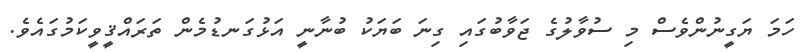
ހަމަ ޔަގީނުންވެސް މި ސުވާލުގެ ޖަވާބުގައި ގިނަ ބަޔަކު ބުނާނީ އަޅުގަނޑުމެން ތަރައްޤީވީކަމުގައެވެ.